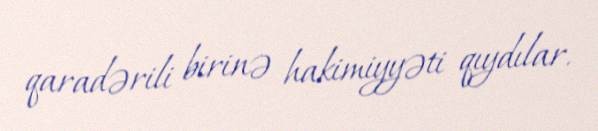
qaradərili birinə hakimiyyəti qıydılar.